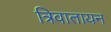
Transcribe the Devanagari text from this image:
त्रिवातायन